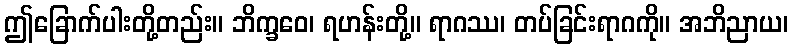
ဤခြောက်ပါးတို့တည်း။ ဘိက္ခဝေ၊ ရဟန်းတို့။ ရာဂဿ၊ တပ်ခြင်းရာဂကို။ အဘိညာယ၊